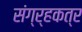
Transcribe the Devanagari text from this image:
संग्र्हकत्र